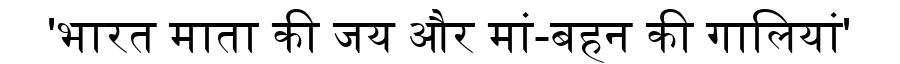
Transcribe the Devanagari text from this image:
'भारत माता की जय और मां-बहन की गालियां'